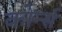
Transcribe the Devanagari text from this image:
कोर्न्स